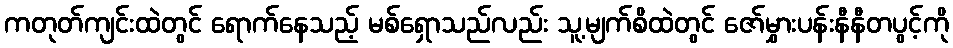
ကတုတ်ကျင်းထဲတွင် ရောက်နေသည့် မစ်ရှောသည်လည်း သူ့မျက်စိထဲတွင် ဇော်မွှားပန်းနီနီတပွင့်ကို